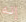
إنه